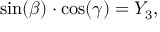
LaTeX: \sin ( \beta ) \cdot \cos ( \gamma ) = Y _ { 3 } ,